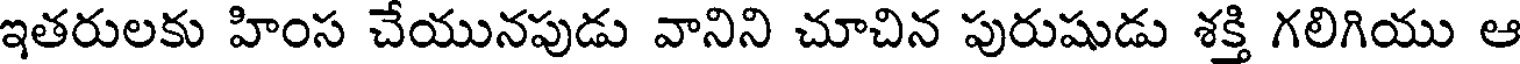
ఇతరులకు హింస చేయునపుడు వానిని చూచిన పురుషుడు శక్తి గలిగియు ఆ